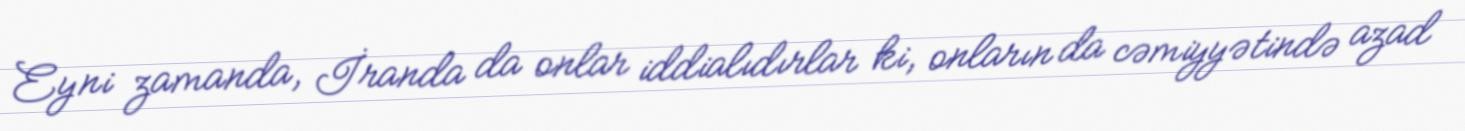
Eyni zamanda, İranda da onlar iddialıdırlar ki, onların da cəmiyyətində azad